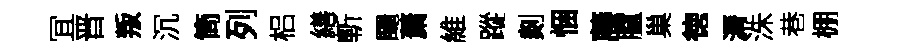
冝晋叛沉筒列梠繕斬颺䔥維蹤剡悃藤臚巢徳漘洙巷棚